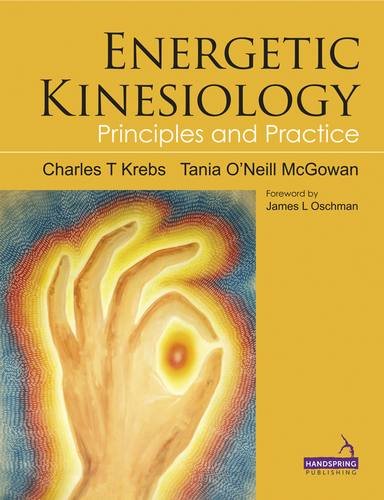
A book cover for Energetic Kinesiology: Principles and Practice; Charles T., Ph.D. Krebs; Medical Books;